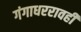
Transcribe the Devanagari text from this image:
गंगाधररावही